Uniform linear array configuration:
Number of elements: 8
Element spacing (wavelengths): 0.75
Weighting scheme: exponential
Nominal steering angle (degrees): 0
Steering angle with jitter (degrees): -1.104
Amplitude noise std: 0.05
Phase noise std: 0.05

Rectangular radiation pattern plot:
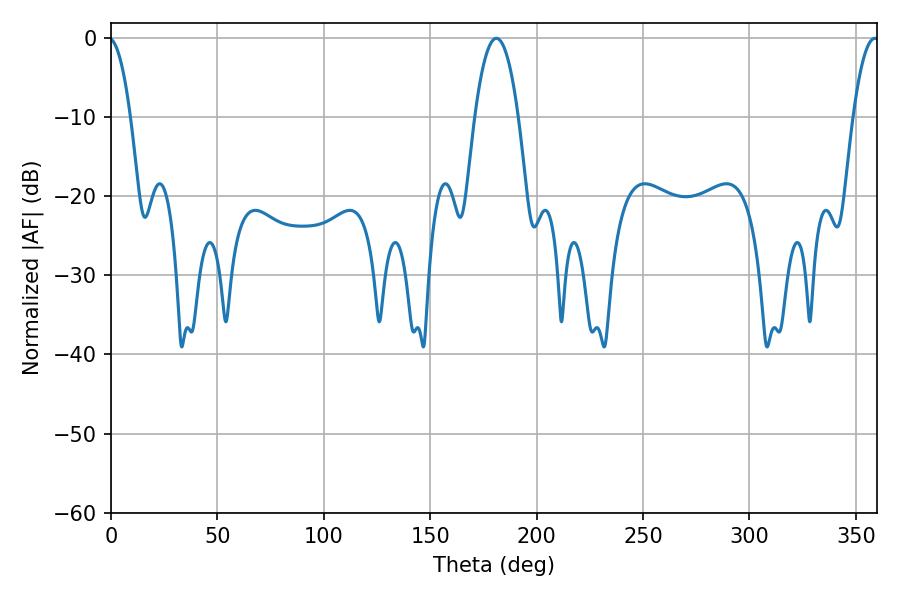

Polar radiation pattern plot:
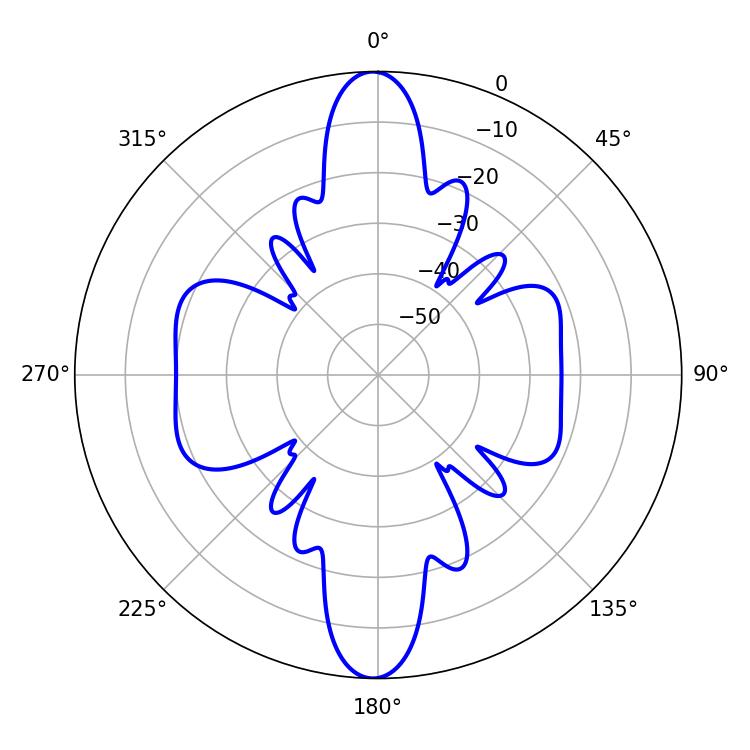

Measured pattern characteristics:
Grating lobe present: TRUE
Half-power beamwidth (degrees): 11.34
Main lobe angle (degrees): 181.08